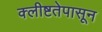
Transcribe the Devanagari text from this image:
क्लीष्टतेपासून